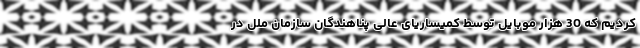
کردیم که 30 هزار موبایل توسط کمیساریای عالی پناهندگان سازمان ملل در